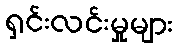
ရှင်းလင်းမှုများ